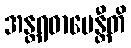
အန္တရဓာပေန္တီတိ